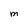
Character: M